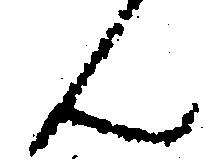
ん